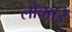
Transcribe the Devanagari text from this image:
लोबार्डि